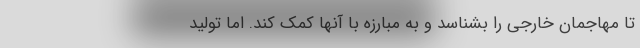
تا مهاجمان خارجی را بشناسد و به مبارزه با آنها کمک کند. اما تولید